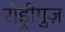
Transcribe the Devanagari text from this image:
रोड्रीगुज़